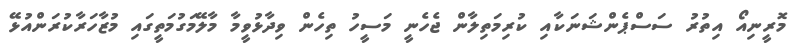
މޮރީނިއޯ އިތުރު ސަސްޕެންޝަނަކާއި ކުރިމަތިލާން ޖެހެނީ މަސީހު ތިހެން ވިދާޅުވީމާ މާލޭމަގުމަތީގައި މުޒާހަރާކުރަންއުޅޭ